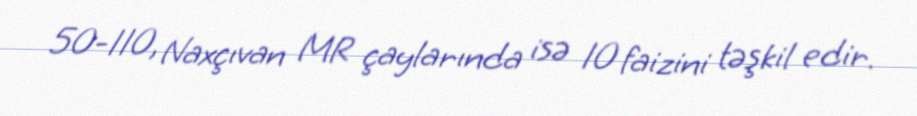
50-110, Naxçıvan MR çaylarında isə 10 faizini təşkil edir.